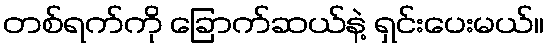
တစ်ရက်ကို ခြောက်ဆယ်နဲ့ ရှင်းပေးမယ်။